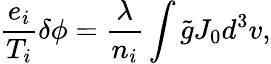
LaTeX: \frac{e_{i}}{T_{i}}\delta\phi=\frac{\lambda}{n_{i}}\int\tilde{g}J_{0}d^{3}v,